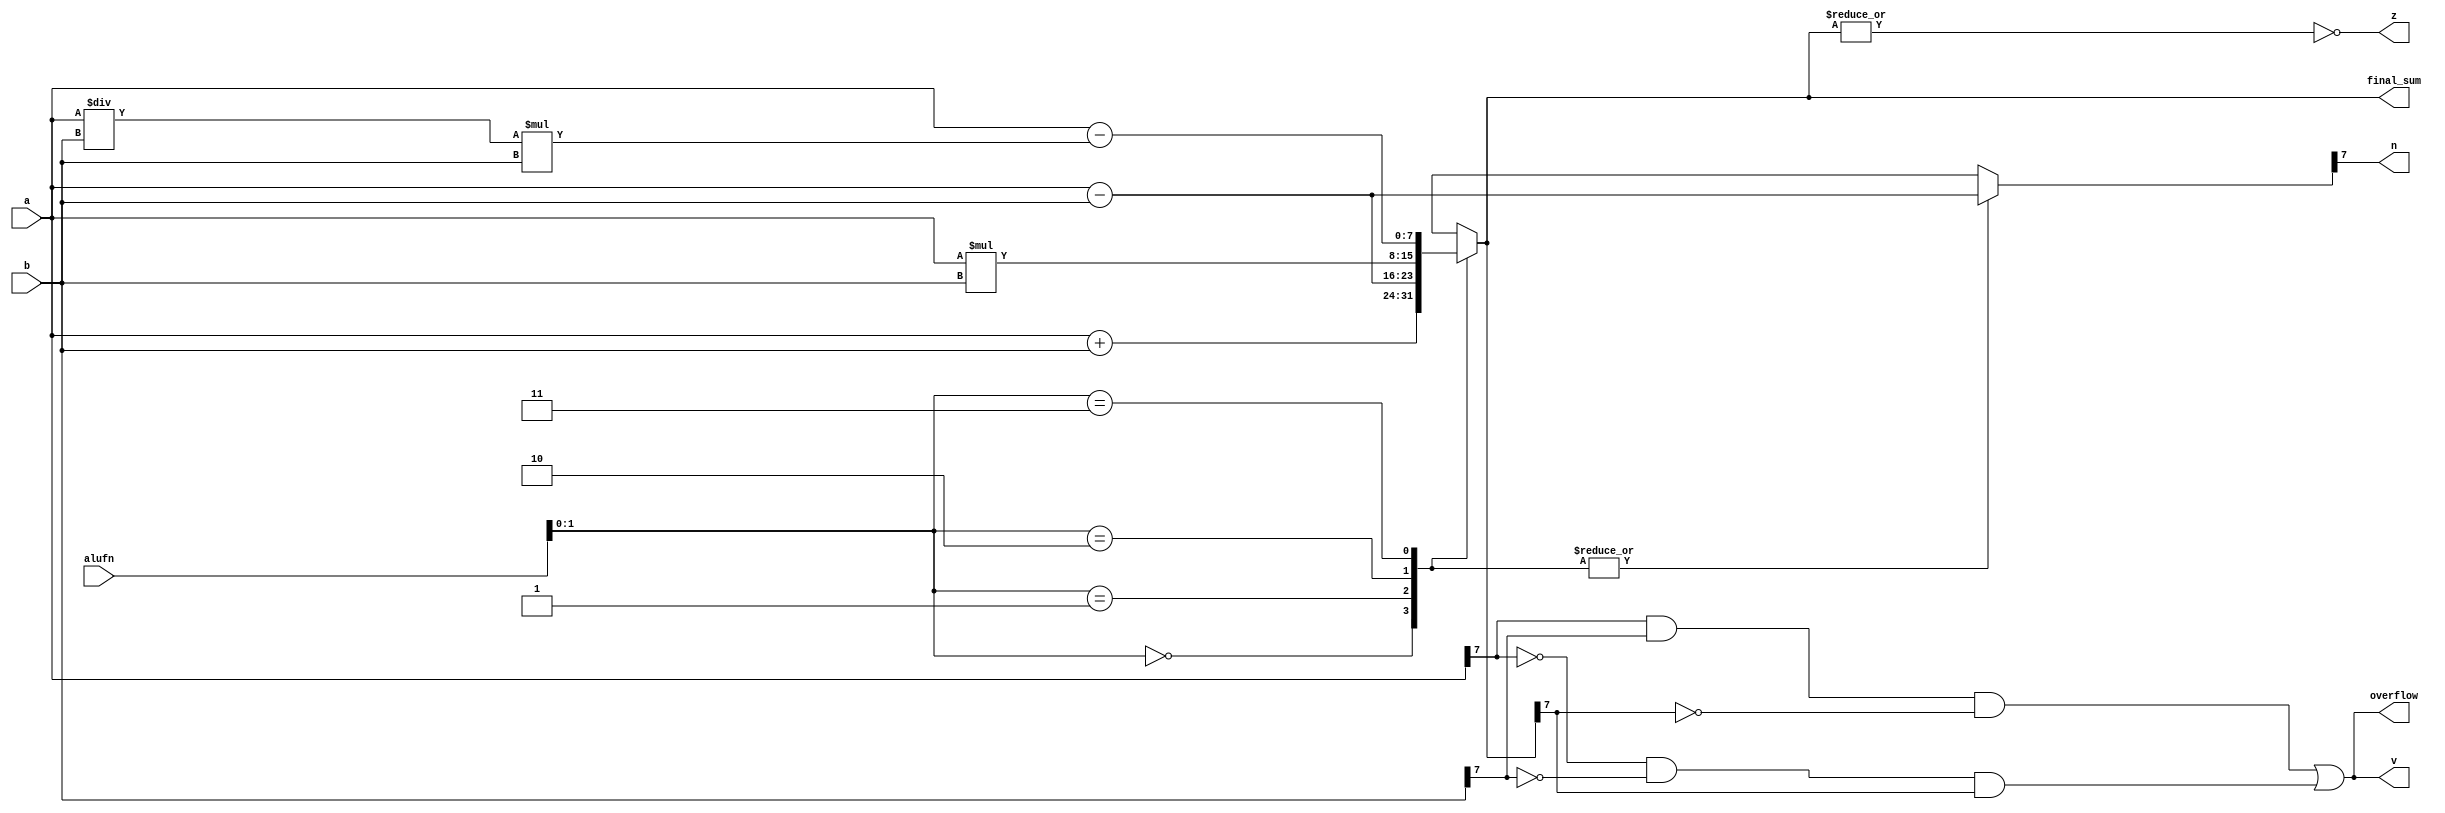
module adderOrSubtractor_12 (
    input [7:0] a,
    input [7:0] b,
    input [5:0] alufn,
    output reg [7:0] final_sum,
    output reg z,
    output reg v,
    output reg n,
    output reg overflow
  );
  
  
  
  reg [8:0] sum;
  
  reg [8:0] s_sum;
  
  always @* begin
    
    case (alufn[0+1-:2])
      2'h0: begin
        s_sum = a - b;
        sum = a + b;
      end
      2'h1: begin
        s_sum = a - b;
        sum = a - b;
      end
      2'h2: begin
        s_sum = a - b;
        sum = a * b;
      end
      2'h3: begin
        s_sum = a - b;
        sum = a - a / b * b;
      end
      default: begin
        s_sum = a - b;
        sum = a + b;
      end
    endcase
    final_sum = sum[0+7-:8];
    z = (~|sum[0+7-:8]);
    v = (a[7+0-:1] & b[7+0-:1] & (~sum[7+0-:1])) | ((~a[7+0-:1]) & (~b[7+0-:1]) & sum[7+0-:1]);
    overflow = (a[7+0-:1] & b[7+0-:1] & (~sum[7+0-:1])) | ((~a[7+0-:1]) & (~b[7+0-:1]) & sum[7+0-:1]);
    n = s_sum[7+0-:1];
  end
endmodule